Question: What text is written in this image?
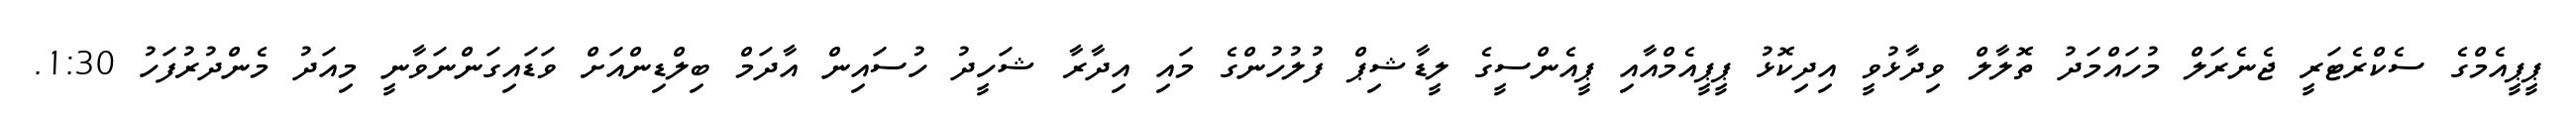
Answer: ޕީޕީއެމްގެ ސެކްރެޓަރީ ޖެނެރަލް މުހައްމަދު ތޮލާލް ވިދާޅުވީ އިދިކޮޅު ޕީޕީއެމްއާއި ޕީއެންސީގެ ލީޑާޝިޕް ފުލުހުންގެ މައި އިދާރާ ޝަހީދު ހުސައިން އާދަމް ބިލްޑިންއަށް ވަޑައިގަންނަވާނީ މިއަދު މެންދުރުފަހު 1:30.